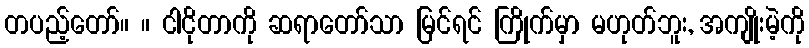
တပည့်တော်။ ။ ငါငိုတာကို ဆရာတော်သာ မြင်ရင် ကြိုက်မှာ မဟုတ်ဘူး, အကျိုးမဲ့ကို